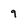
Character: 9